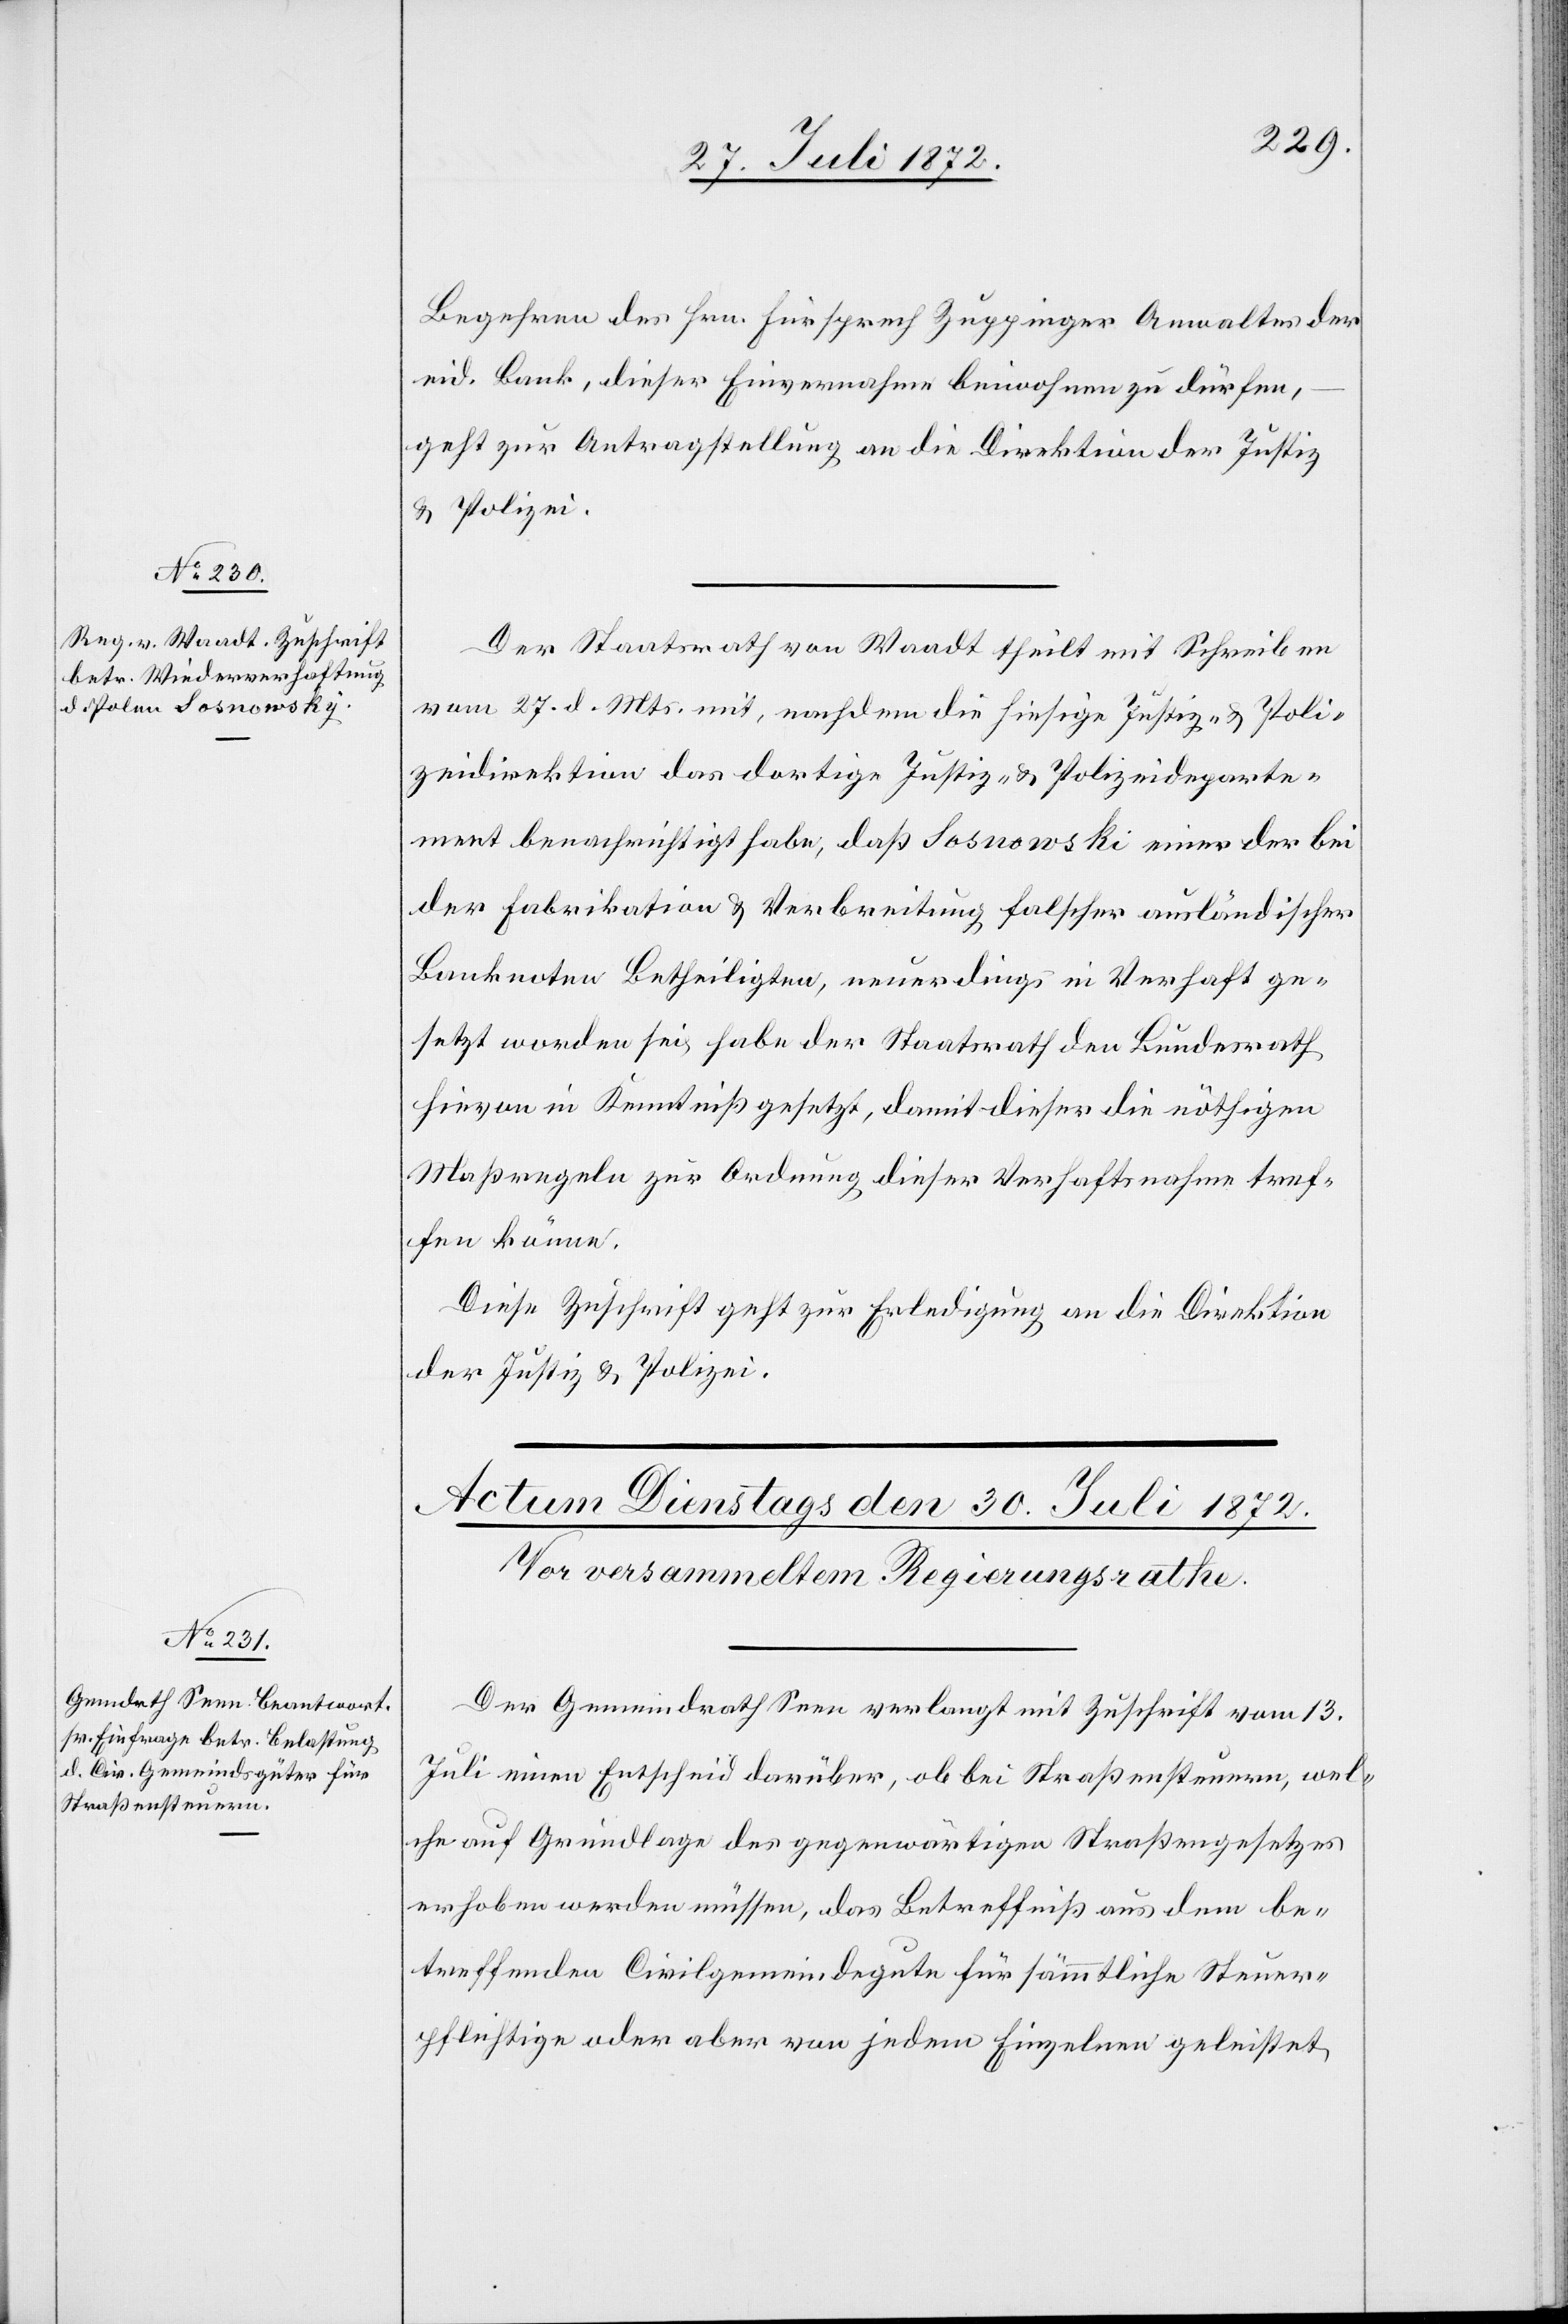
27. Juli 1872.]
Begehren des Hrn. Fürsprech Zuppinger Anwaltes der
eid. Bank, dieser Einvernahme beiwohnen zu dürfen,
geht zur Antragstellung an die Direktion der Justiz
u. Polizei.
Der Staatsrath von Waadt theilt mit Schreiben
vom 27. d. Mts. mit, nachdem die hiesige Justiz- u. Poli¬
zeidirektion das dortige Justiz- u. Polizeideparte¬
ment benachrichtigt habe, daß Sosnowski [sic!] einer der bei
der Fabrikation u. Verbreitung falscher ausländischer
Banknoten Betheiligten, neuerdings in Verhaft ge¬
setzt worden sei, habe der Staatsrath den Bundesrath
hievon in Kenntniß gesetzt, damit dieser die nöthigen
Maßregeln zur Ordnung dieser Verhaftsnahme tref¬
fen könne.
Diese Zuschrift geht zur Erledigung an die Direktion
der Justiz u. Polizei.
Der Gemeindrath Seen verlangt mit Zuschrift vom 13.
Juli einen Entscheid darüber, ob bei Straßensteuern, wel¬
che auf Grundlage des gegenwärtigen Straßengesetzes
erhoben werden müssen, das Betreffniß aus dem be¬
treffenden Civilgemeindegute für sämmtliche Steuer¬
pflichtige oder aber von jedem Einzelnen geleistet